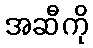
အဆီကို